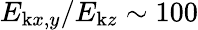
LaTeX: E_{\mathrm{k}x,y}/E_{\mathrm{k}z}\sim 100